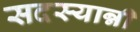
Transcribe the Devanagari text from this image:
सदस्यान्नी